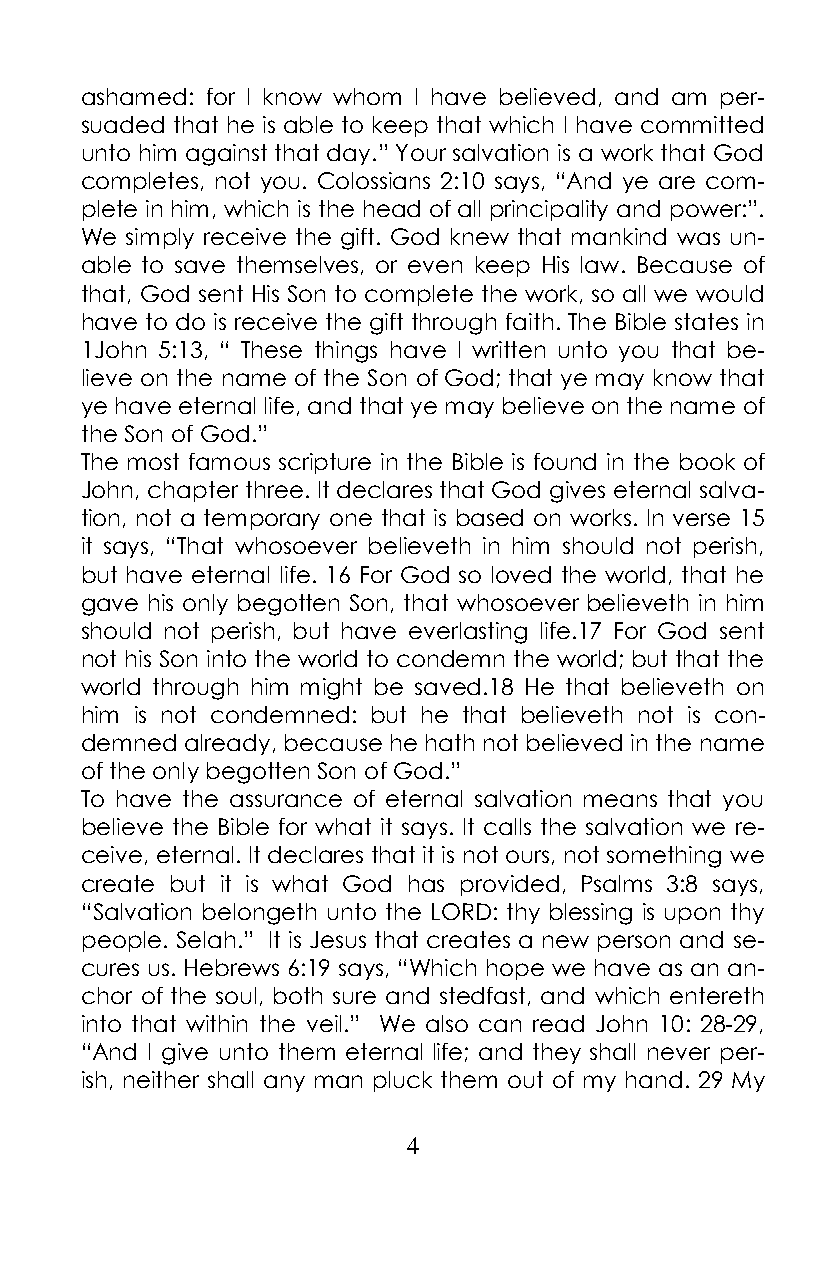
ashamed: for I know whom I have believed, and am per-
 suaded that he is able to keep that which I have committed
 unto him against that day.” Your salvation is a work that God
 completes, not you. Colossians 2:10 says, “And ye are com-
 plete in him, which is the head of all principality and power:”.
 We simply receive the gift. God knew that mankind was un-
 able to save themselves, or even keep His law. Because of
 that, God sent His Son to complete the work, so all we would
 have to do is receive the gift through faith. The Bible states in
 1John 5:13, “ These things have I written unto you that be-
 lieve on the name of the Son of God; that ye may know that
 ye have eternal life, and that ye may believe on the name of
 the Son of God.”
 The most famous scripture in the Bible is found in the book of
 John, chapter three. It declares that God gives eternal salva-
 tion, not a temporary one that is based on works. In verse 15
 it says, “That whosoever believeth in him should not perish,
 but have eternal life. 16 For God so loved the world, that he
 gave his only begotten Son, that whosoever believeth in him
 should not perish, but have everlasting life.17 For God sent
 not his Son into the world to condemn the world; but that the
 world through him might be saved.18 He that believeth on
 him is not condemned: but he that believeth not is con-
 demned already, because he hath not believed in the name
 of the only begotten Son of God.”
 To have the assurance of eternal salvation means that you
 believe the Bible for what it says. It calls the salvation we re-
 ceive, eternal. It declares that it is not ours, not something we
 create but it is what God has provided, Psalms 3:8 says,
 “Salvation belongeth unto the LORD: thy blessing is upon thy
 people. Selah.” It is Jesus that creates a new person and se-
 cures us. Hebrews 6:19 says, “Which hope we have as an an-
 chor of the soul, both sure and stedfast, and which entereth
 into that within the veil.” We also can read John 10: 28-29,
 “And I give unto them eternal life; and they shall never per-
 ish, neither shall any man pluck them out of my hand. 29 My
 4